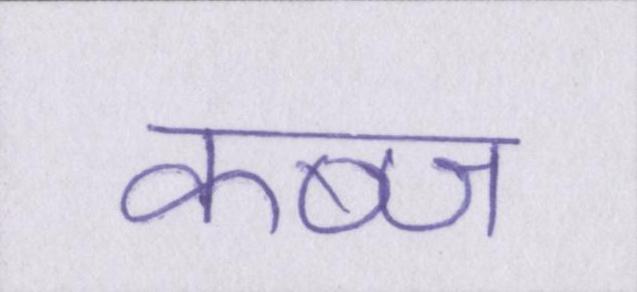
कब्ज